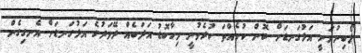
ލޯބިނުވަނީ އަޅުގަނޑަށް ކޮން ކުށެއްތަ ކުރެވުނީ މިހާބޮޑު އަދަބެއް ދޭވަރުގެ އަޅުގަނޑަށް އެނގިގެން